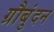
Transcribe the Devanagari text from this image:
ग्रौबुंदन